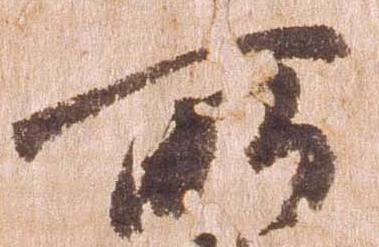
所